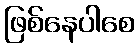
ဖြစ်နေပါစေ